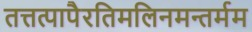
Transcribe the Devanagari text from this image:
तत्तत्पापैरतिमलिनमन्तर्मम